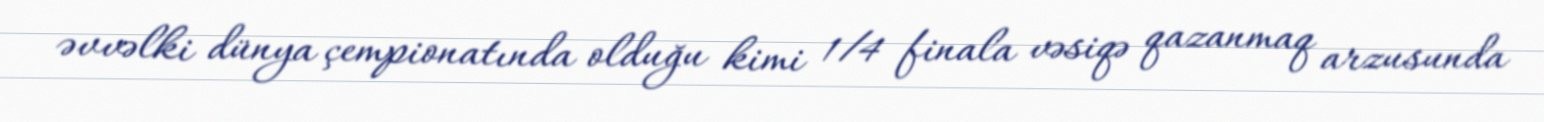
əvvəlki dünya çempionatında olduğu kimi 1/4 finala vəsiqə qazanmaq arzusunda